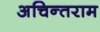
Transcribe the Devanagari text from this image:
अचिन्तराम